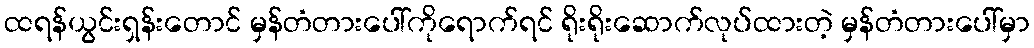
ထရန်ယွင်းရှန်းတောင် မှန်တံတားပေါ်ကိုရောက်ရင် ရိုးရိုးဆောက်လုပ်ထားတဲ့ မှန်တံတားပေါ်မှာ